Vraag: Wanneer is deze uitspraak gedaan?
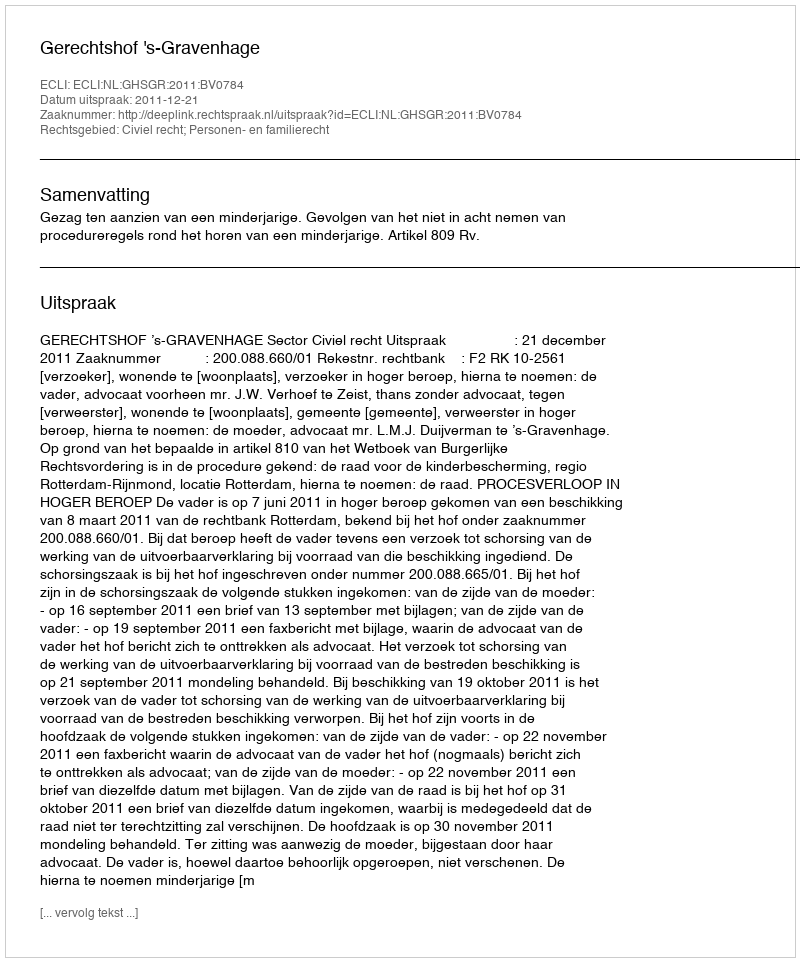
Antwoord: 2011-12-21